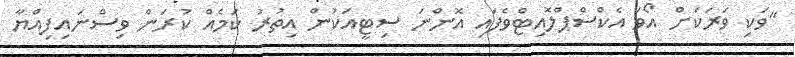
"ވަކި ވަރަކަށް އޯވަ އެކްސްޕްލޮއިޓްވެފައި އޮންނަ ސިޓީއަކުން އިތުރު ކަމެއް ކުރަން ވިސްނައިފިއްޔާ